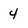
Character: 4